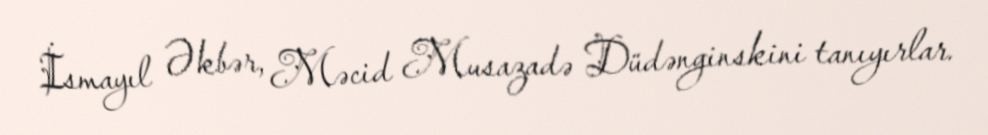
İsmayıl Əkbər, Məcid Musazadə Düdənginskini tanıyırlar.